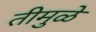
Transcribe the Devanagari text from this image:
तीमुळे